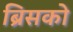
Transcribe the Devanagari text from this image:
ब्रिसको